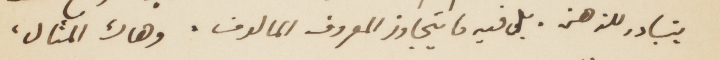
يتبادر للذهن. بل فيه ما يتنجاوز المعروف المألوف. وهاك المثال،